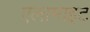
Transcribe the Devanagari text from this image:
एलामाइट